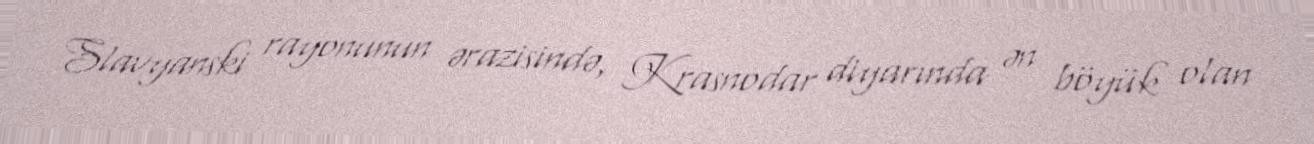
Slavyanski rayonunun ərazisində, Krasnodar diyarında ən böyük olan